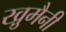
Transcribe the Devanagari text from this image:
खु़मैनी